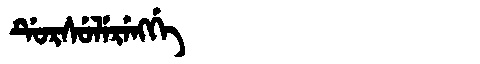
Manchu: ᡩᡠᡵᠰᡠᠯᡝᡵᡝᠩᡤᡝ
Romanization: DURSULERENGGE